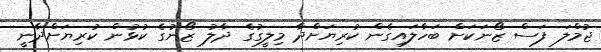
ޖުމްލަ ފަސް ޒޯނަކަށް ބަހާލައިގެން ކުރިޔަށްދާ މިލީގުގެ ދާލު ޒޯނުގެ ކުޅުން ކުރިޔަށްދާނީ